Lunatic asylums Burma 1907-21 - 1907-1921
Year: 1907
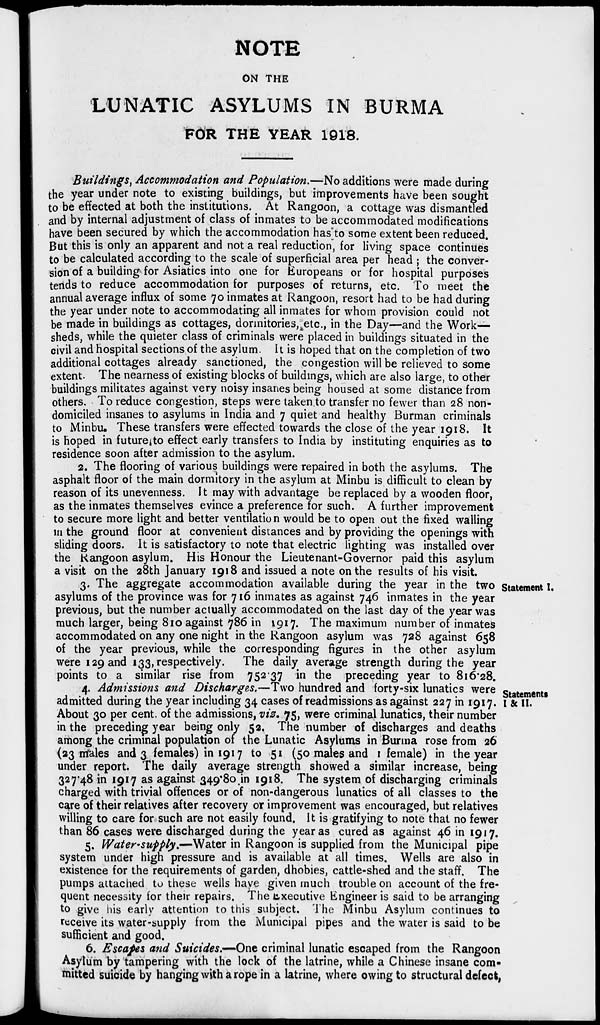
NOTE
ON THE
LUNATIC ASYLUMS IN BURMA
FOR THE YEAR 1918.
Buildings, Accommodation and Population.—No additions were made during
the year under note to existing buildings, but improvements have been sought
to be effected at both the institutions. At Rangoon, a cottage was dismantled
and by internal adjustment of class of inmates to be accommodated modifications
have been secured by which the accommodation has to some extent been reduced.
But this is only an apparent and not a real reduction, for living space continues
to be calculated according to the scale of superficial area per head ; the conver-
sion of a building for Asiatics into one for Europeans or for hospital purposes
tends to reduce accommodation for purposes of returns, etc. To meet the
annual average influx of some 70 inmates at Rangoon, resort had to be had during
the year under note to accommodating all inmates for whom provision could not
be made in buildings as cottages, dormitories, etc., in the Day—and the Work—
sheds, while the quieter class of criminals were placed in buildings situated in the
civil and hospital sections of the asylum. It is hoped that on the completion of two
additional cottages already sanctioned, the congestion will be relieved to some
extent. The nearness of existing blocks of buildings, which are also large, to other
buildings militates against very noisy insanes being housed at some distance from
others. To reduce congestion, steps were taken to transfer no fewer than 28 non-
domiciled insanes to asylums in India and 7 quiet and healthy Burman criminals
to Minbu. These transfers were effected towards the close of the year 1918. It
is hoped in future to effect early transfers to India by instituting enquiries as to
residence soon after admission to the asylum.
2. The flooring of various buildings were repaired in both the asylums. The
asphalt floor of the main dormitory in the asylum at Minbu is difficult to clean by
reason of its unevenness. It may with advantage be replaced by a wooden floor,
as the inmates themselves evince a preference for such. A further improvement
to secure more light and better ventilation would be to open out the fixed walling
in the ground floor at convenient distances and by providing the openings with
sliding doors. It is satisfactory to note that electric lighting was installed over
the Rangoon asylum. His Honour the Lieutenant-Governor paid this asylum
a visit on the 28th January 1918 and issued a note on the results of his visit.
Statement I.
3. The aggregate accommodation available during the year in the two
asylums of the province was for 716 inmates as against 746 inmates in the year
previous, but the number actually accommodated on the last day of the year was
much larger, being 810 against 786 in 1917. The maximum number of inmates
accommodated on any one night in the Rangoon asylum was 728 against 658
of the year previous, while the corresponding figures in the other asylum
were 129 and 133, respectively.
The daily average strength during the year
points to a similar rise from 752.37 in the preceding year to 816.28.
Statements
I & II.
4. Admissions and Discharges.—Two hundred and forty-six lunatics were
admitted during the year including 34 cases of readmissions as against 227 in 1917.
About 30 per cent. of the admissions, viz. 75, were criminal lunatics, their number
in the preceding year being only 52. The number of discharges and deaths
among the criminal population of the Lunatic Asylums in Burma rose from 26
(23 males and 3 females) in 1917 to 51 (50 males and 1 female) in the year
under report. The daily average strength showed a similar increase, being
327.48 in 1917 as against 349.80 in 1918. The system of discharging criminals
charged with trivial offences or of non-dangerous lunatics of all classes to the
care of their relatives after recovery or improvement was encouraged, but relatives
willing to care for such are not easily found. It is gratifying to note that no fewer
than 86 cases were discharged during the year as cured as against 46 in 1917.
5. Water-supply.—Water in Rangoon is supplied from the Municipal pipe
system under high pressure and is available at all times. Wells are also in
existence for the requirements of garden, dhobies, cattle-shed and the staff. The
pumps attached to these wells have given much trouble on account of the fre-
quent necessity for their repairs. The Executive Engineer is said to be arranging
to give his early attention to this subject. The Minbu Asylum continues to
receive its water-supply from the Municipal pipes and the water is said to be
sufficient and good.
6. Escapes and Suicides.—-One criminal lunatic escaped from the Rangoon
Asylum by tampering with the lock of the latrine, while a Chinese insane com-
mitted suicide by hanging with a rope in a latrine, where owing to structural defect,